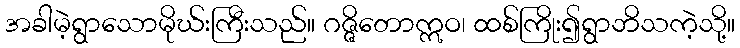
အခါမဲ့ရွာသောမိုဃ်းကြီးသည်။ ဂဇ္ဇိတောဣဝ၊ ထစ်ကြိုး၍ရွာဘိသကဲ့သို့။